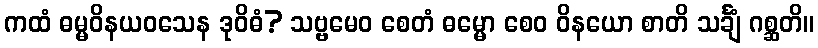
ကထံ ဓမ္မဝိနယဝသေန ဒုဝိဓံ? သဗ္ဗမေဝ စေတံ ဓမ္မော စေဝ ဝိနယော စာတိ သင်္ချံ ဂစ္ဆတိ။